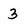
Character: 3